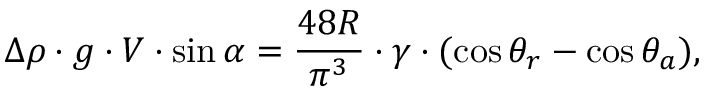
\Delta \rho \cdot g \cdot V \cdot \sin \alpha = \frac { 4 8 R } { \pi ^ { 3 } } \cdot \gamma \cdot ( \cos \theta _ { r } - \cos \theta _ { a } ) ,